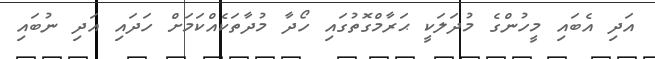
އަދި އެބައި މީހުންގެ މުދަލަކީ ޙަރާމްގޮތުގައި ހޯދާ މުދާތަކެއްކަމަށް ހަދައި އަދި ނުބައި